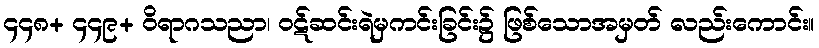
၄၄၈+ ၄၄၉+ ဝိရာဂသညာ၊ ဝဋ်ဆင်းရဲမှကင်းခြင်း၌ ဖြစ်သောအမှတ် လည်းကောင်း။